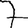
Digit: 7